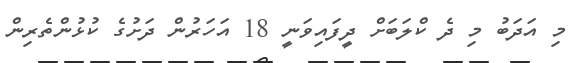
މި އަދަބު މި ދެ ކްލަބަށް ދީފައިވަނީ 18 އަހަރުން ދަށުގެ ކުޅުންތެރިން